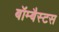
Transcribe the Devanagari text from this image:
बॉम्बैस्टस